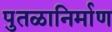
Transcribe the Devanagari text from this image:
पुतळानिर्माण